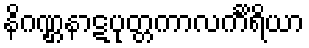
နိဂဏ္ဌနာဋပုတ္တကာလင်္ကိရိယာ